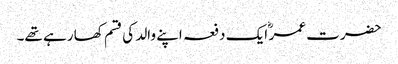
حضرت عمر ؓ ایک دفعہ اپنے والد کی قسم کھا رہے تھے۔